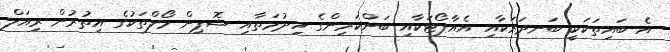
އެ ބައިތަކަކީ ބަނދަރަކާއި އެއާޕޯޓަކާއި ބަންކަރިންގެ ހިދުމަތާއި ޝޮޕިން މޯލްތަކުގެ އިތުރުން ރިއަލް